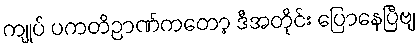
ကျုပ် ပကတိဉာဏ်ကတော့ ဒီအတိုင်း ပြောနေပြီဗျ